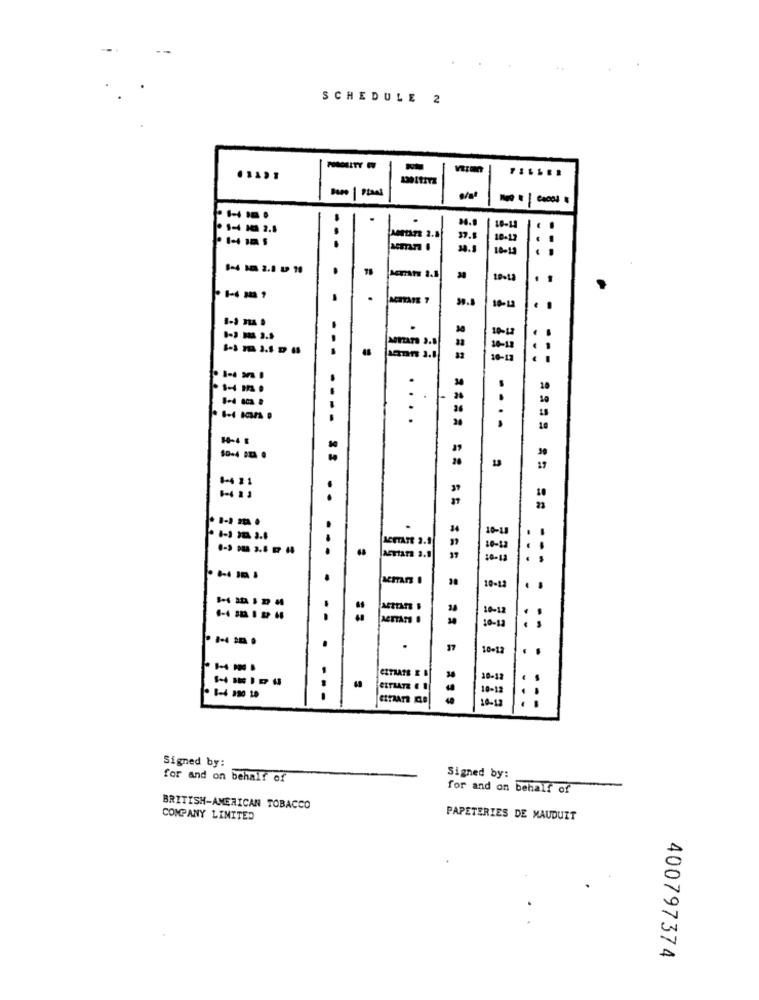
SCHEDULE 2
.
MetAT 2.8
18-12
37.1
18-12
34.
10-12
.
.
10-1
.
10-13
14-4 E
10-4 8 .
.... .
17
1-4 21
37
.
ACTATT 3.1
10-11
aertara 3.1
10-12
10-12
10-1
57
10+1
38-12
18-12
8-4 890 10
=== ==== = = == === = == = ===
10 - 15
Signed by:
for and on behalf of
Signed by:
for and on behalf of
BRITISH-AMERICAN TOBACCO
COMPANY LIMITED
PAPETERIES DE MAUDUIT
400797374